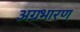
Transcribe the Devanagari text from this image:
अग्रभारण